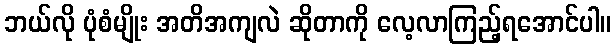
ဘယ်လို ပုံစံမျိုး အတိအကျလဲ ဆိုတာကို လေ့လာကြည့်ရအောင်ပါ။